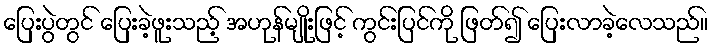
ပြေးပွဲတွင် ပြေးခဲ့ဖူးသည့် အဟုန်မျိုးဖြင့် ကွင်းပြင်ကို ဖြတ်၍ ပြေးလာခဲ့လေသည်။